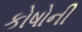
કોષોની